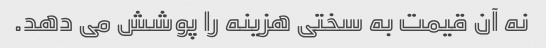
نه آن قیمت به سختی هزینه را پوشش می دهد.